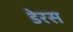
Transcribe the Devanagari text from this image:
डेरस